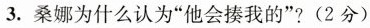
3.桑娜为什么认为“他会揍我的”?(2分)